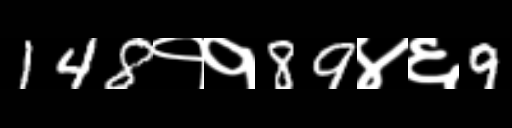
Text: 148११89४६9